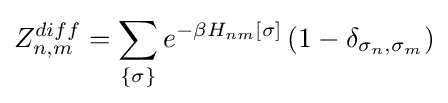
Z_{n,m}^{diff}=\sum \limits _{\lbrace \sigma \rbrace }e^{-\beta H_{nm}[\sigma ]}\left(1-\delta _{\sigma _{n},\sigma _{m}}\right)